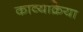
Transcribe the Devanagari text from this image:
काव्यक्रिया